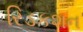
રિડકશન